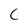
Character: C